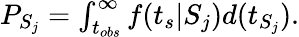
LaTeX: \begin{array}{r}{P_{S_{j}}=\int_{t_{obs}}^{\infty}f(t_{s}|S_{j})d(t_{S_{j}}).}\end{array}